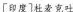
[印度]杜麦克吐